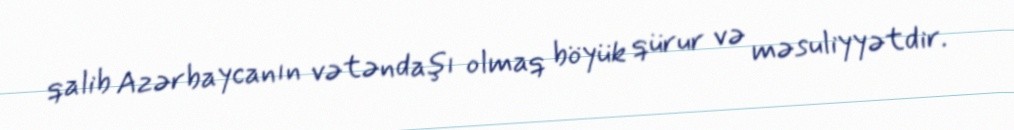
qalib Azərbaycanın vətəndaşı olmaq böyük qürur və məsuliyyətdir.